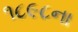
૧૮૯૮ના